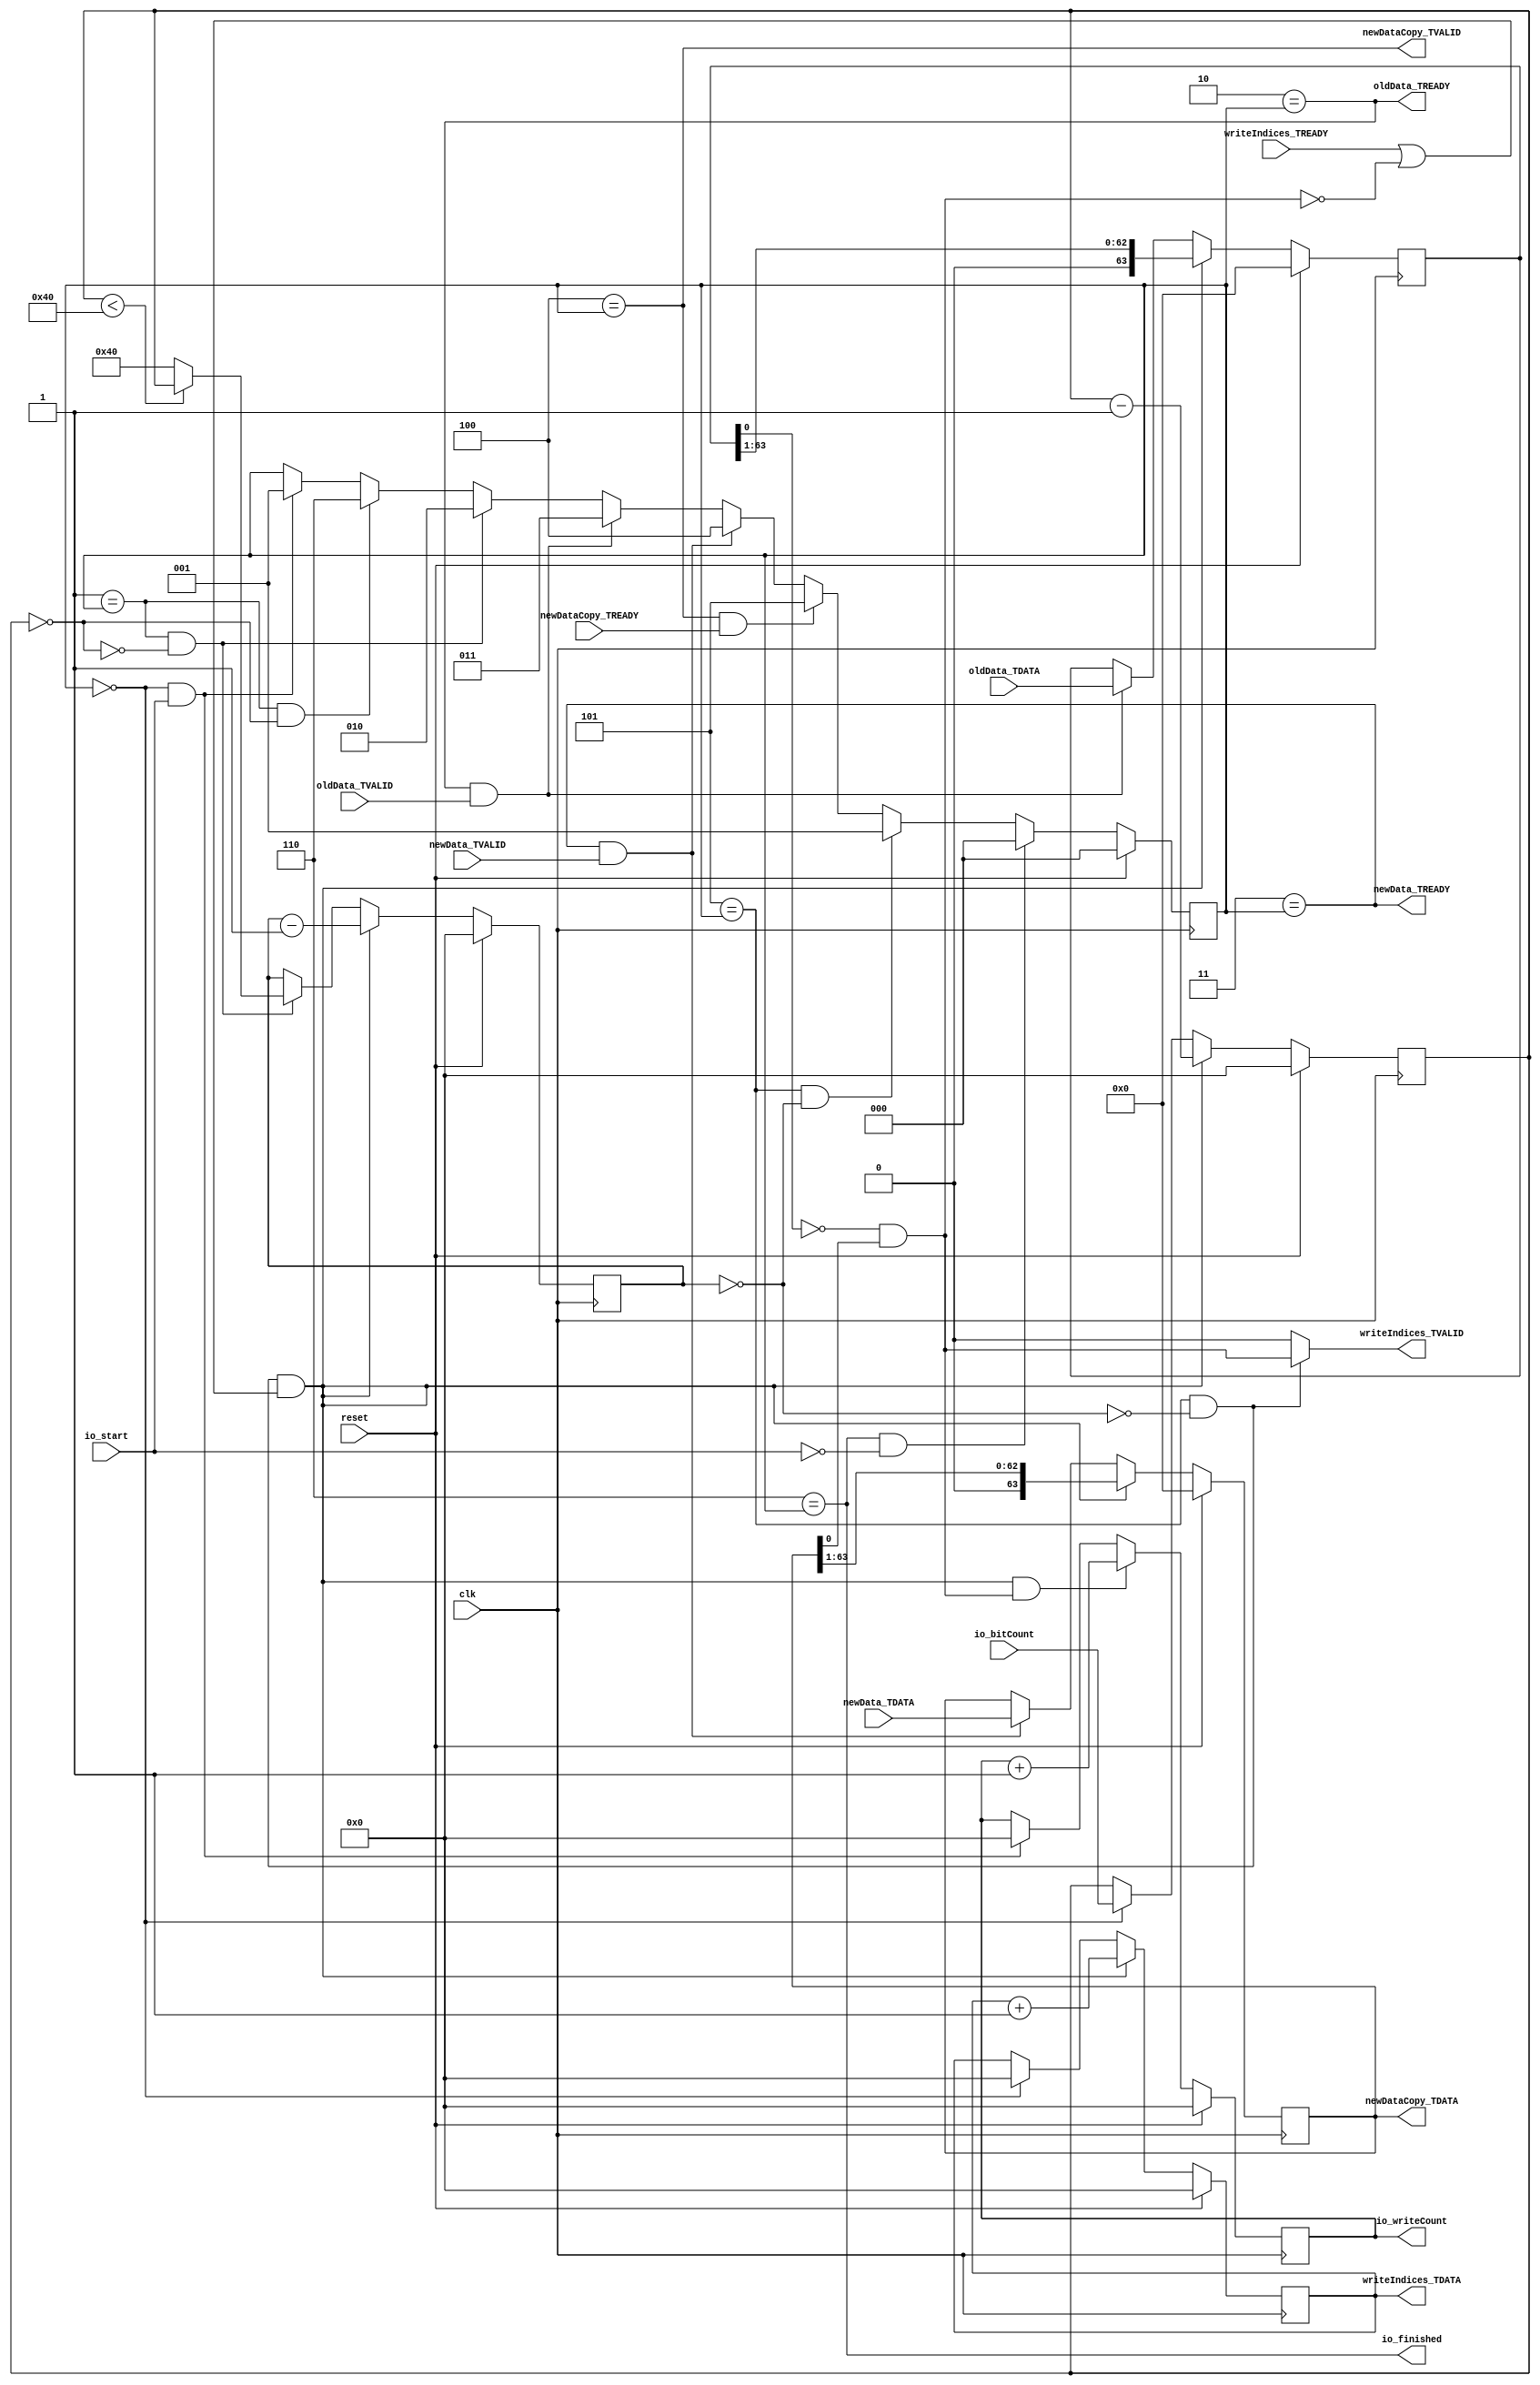
module LevelGenerator(input clk, input reset,
    input  io_start,
    input [31:0] io_bitCount,
    output io_finished,
    output[31:0] io_writeCount,
    output oldData_TREADY,
    input  oldData_TVALID,
    input [63:0] oldData_TDATA,
    output newData_TREADY,
    input  newData_TVALID,
    input [63:0] newData_TDATA,
    input  writeIndices_TREADY,
    output writeIndices_TVALID,
    output[31:0] writeIndices_TDATA,
    input  newDataCopy_TREADY,
    output newDataCopy_TVALID,
    output[63:0] newDataCopy_TDATA
);

  reg [63:0] regNewData;
  wire[63:0] T58;
  wire[63:0] T0;
  wire[63:0] T1;
  wire T2;
  wire T3;
  reg [2:0] regState;
  wire[2:0] T59;
  wire[2:0] T4;
  wire[2:0] T5;
  wire[2:0] T6;
  wire[2:0] T7;
  wire[2:0] T8;
  wire[2:0] T9;
  wire[2:0] T10;
  wire[2:0] T11;
  wire T12;
  wire T13;
  wire T14;
  wire T15;
  reg [31:0] regBitCount;
  wire[31:0] T60;
  wire[31:0] T16;
  wire[31:0] T17;
  wire[31:0] T18;
  wire T19;
  wire T20;
  wire T21;
  wire T22;
  wire T23;
  wire T24;
  wire T25;
  wire T26;
  wire T27;
  reg [31:0] regShiftCounter;
  wire[31:0] T61;
  wire[31:0] T28;
  wire[31:0] T29;
  wire[31:0] T30;
  wire T31;
  wire[31:0] T32;
  wire T33;
  wire T34;
  wire T35;
  wire T36;
  wire[63:0] T62;
  wire[62:0] T37;
  wire T38;
  wire T39;
  wire T40;
  wire T41;
  wire T42;
  wire T43;
  wire T44;
  reg [63:0] regOldData;
  wire[63:0] T63;
  wire[63:0] T45;
  wire[63:0] T46;
  wire[63:0] T64;
  wire[62:0] T47;
  wire T48;
  wire T49;
  reg [31:0] regWriteIndex;
  wire[31:0] T65;
  wire[31:0] T50;
  wire[31:0] T51;
  wire[31:0] T52;
  wire T53;
  reg [31:0] regWriteCount;
  wire[31:0] T66;
  wire[31:0] T54;
  wire[31:0] T55;
  wire[31:0] T56;
  wire T57;

`ifndef SYNTHESIS
// synthesis translate_off
  integer initvar;
  initial begin
    #0.002;
    regNewData = {2{$random}};
    regState = {1{$random}};
    regBitCount = {1{$random}};
    regShiftCounter = {1{$random}};
    regOldData = {2{$random}};
    regWriteIndex = {1{$random}};
    regWriteCount = {1{$random}};
  end
// synthesis translate_on
`endif

  assign newDataCopy_TDATA = regNewData;
  assign T58 = reset ? 64'h0 : T0;
  assign T0 = T38 ? T62 : T1;
  assign T1 = T2 ? newData_TDATA : regNewData;
  assign T2 = T3 & newData_TVALID;
  assign T3 = 3'h3 == regState;
  assign T59 = reset ? 3'h0 : T4;
  assign T4 = T34 ? 3'h0 : T5;
  assign T5 = T26 ? 3'h1 : T6;
  assign T6 = T24 ? 3'h5 : T7;
  assign T7 = T2 ? 3'h4 : T8;
  assign T8 = T22 ? 3'h3 : T9;
  assign T9 = T20 ? 3'h2 : T10;
  assign T10 = T14 ? 3'h6 : T11;
  assign T11 = T12 ? 3'h1 : regState;
  assign T12 = T13 & io_start;
  assign T13 = 3'h0 == regState;
  assign T14 = T19 & T15;
  assign T15 = regBitCount == 32'h0;
  assign T60 = reset ? 32'h0 : T16;
  assign T16 = T38 ? T18 : T17;
  assign T17 = T13 ? io_bitCount : regBitCount;
  assign T18 = regBitCount - 32'h1;
  assign T19 = 3'h1 == regState;
  assign T20 = T19 & T21;
  assign T21 = T15 ^ 1'h1;
  assign T22 = T23 & oldData_TVALID;
  assign T23 = 3'h2 == regState;
  assign T24 = T25 & newDataCopy_TREADY;
  assign T25 = 3'h4 == regState;
  assign T26 = T33 & T27;
  assign T27 = regShiftCounter == 32'h0;
  assign T61 = reset ? 32'h0 : T28;
  assign T28 = T38 ? T32 : T29;
  assign T29 = T20 ? T30 : regShiftCounter;
  assign T30 = T31 ? regBitCount : 32'h40;
  assign T31 = regBitCount < 32'h40;
  assign T32 = regShiftCounter - 32'h1;
  assign T33 = 3'h5 == regState;
  assign T34 = T36 & T35;
  assign T35 = io_start ^ 1'h1;
  assign T36 = 3'h6 == regState;
  assign T62 = {1'h0, T37};
  assign T37 = regNewData >> 1'h1;
  assign T38 = T48 & T39;
  assign T39 = writeIndices_TREADY | T40;
  assign T40 = T41 ^ 1'h1;
  assign T41 = T43 & T42;
  assign T42 = regNewData[1'h0:1'h0];
  assign T43 = T44 ^ 1'h1;
  assign T44 = regOldData[1'h0:1'h0];
  assign T63 = reset ? 64'h0 : T45;
  assign T45 = T38 ? T64 : T46;
  assign T46 = T22 ? oldData_TDATA : regOldData;
  assign T64 = {1'h0, T47};
  assign T47 = regOldData >> 1'h1;
  assign T48 = T33 & T49;
  assign T49 = T27 ^ 1'h1;
  assign newDataCopy_TVALID = T25;
  assign writeIndices_TDATA = regWriteIndex;
  assign T65 = reset ? 32'h0 : T50;
  assign T50 = T38 ? T52 : T51;
  assign T51 = T13 ? 32'h0 : regWriteIndex;
  assign T52 = regWriteIndex + 32'h1;
  assign writeIndices_TVALID = T53;
  assign T53 = T48 ? T41 : 1'h0;
  assign newData_TREADY = T3;
  assign oldData_TREADY = T23;
  assign io_writeCount = regWriteCount;
  assign T66 = reset ? 32'h0 : T54;
  assign T54 = T57 ? T56 : T55;
  assign T55 = T12 ? 32'h0 : regWriteCount;
  assign T56 = regWriteCount + 32'h1;
  assign T57 = T38 & T41;
  assign io_finished = T36;

  always @(posedge clk) begin
    if(reset) begin
      regNewData <= 64'h0;
    end else if(T38) begin
      regNewData <= T62;
    end else if(T2) begin
      regNewData <= newData_TDATA;
    end
    if(reset) begin
      regState <= 3'h0;
    end else if(T34) begin
      regState <= 3'h0;
    end else if(T26) begin
      regState <= 3'h1;
    end else if(T24) begin
      regState <= 3'h5;
    end else if(T2) begin
      regState <= 3'h4;
    end else if(T22) begin
      regState <= 3'h3;
    end else if(T20) begin
      regState <= 3'h2;
    end else if(T14) begin
      regState <= 3'h6;
    end else if(T12) begin
      regState <= 3'h1;
    end
    if(reset) begin
      regBitCount <= 32'h0;
    end else if(T38) begin
      regBitCount <= T18;
    end else if(T13) begin
      regBitCount <= io_bitCount;
    end
    if(reset) begin
      regShiftCounter <= 32'h0;
    end else if(T38) begin
      regShiftCounter <= T32;
    end else if(T20) begin
      regShiftCounter <= T30;
    end
    if(reset) begin
      regOldData <= 64'h0;
    end else if(T38) begin
      regOldData <= T64;
    end else if(T22) begin
      regOldData <= oldData_TDATA;
    end
    if(reset) begin
      regWriteIndex <= 32'h0;
    end else if(T38) begin
      regWriteIndex <= T52;
    end else if(T13) begin
      regWriteIndex <= 32'h0;
    end
    if(reset) begin
      regWriteCount <= 32'h0;
    end else if(T57) begin
      regWriteCount <= T56;
    end else if(T12) begin
      regWriteCount <= 32'h0;
    end
  end
endmodule